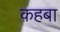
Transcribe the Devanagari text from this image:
क़हबा